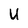
Character: U